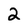
Character: 2